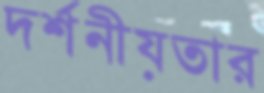
দর্শনীয়তার